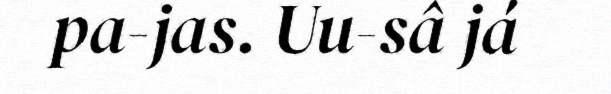
pa-jas. Uu-sâ já